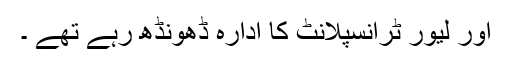
اور لیور ٹرانسپلانٹ کا ادارہ ڈھونڈھ رہے تھے ۔